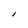
Character: I